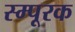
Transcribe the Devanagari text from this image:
स्म्पूरक